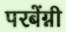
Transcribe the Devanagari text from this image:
परबेंग्नी